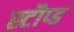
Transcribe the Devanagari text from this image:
स्टौप्ड